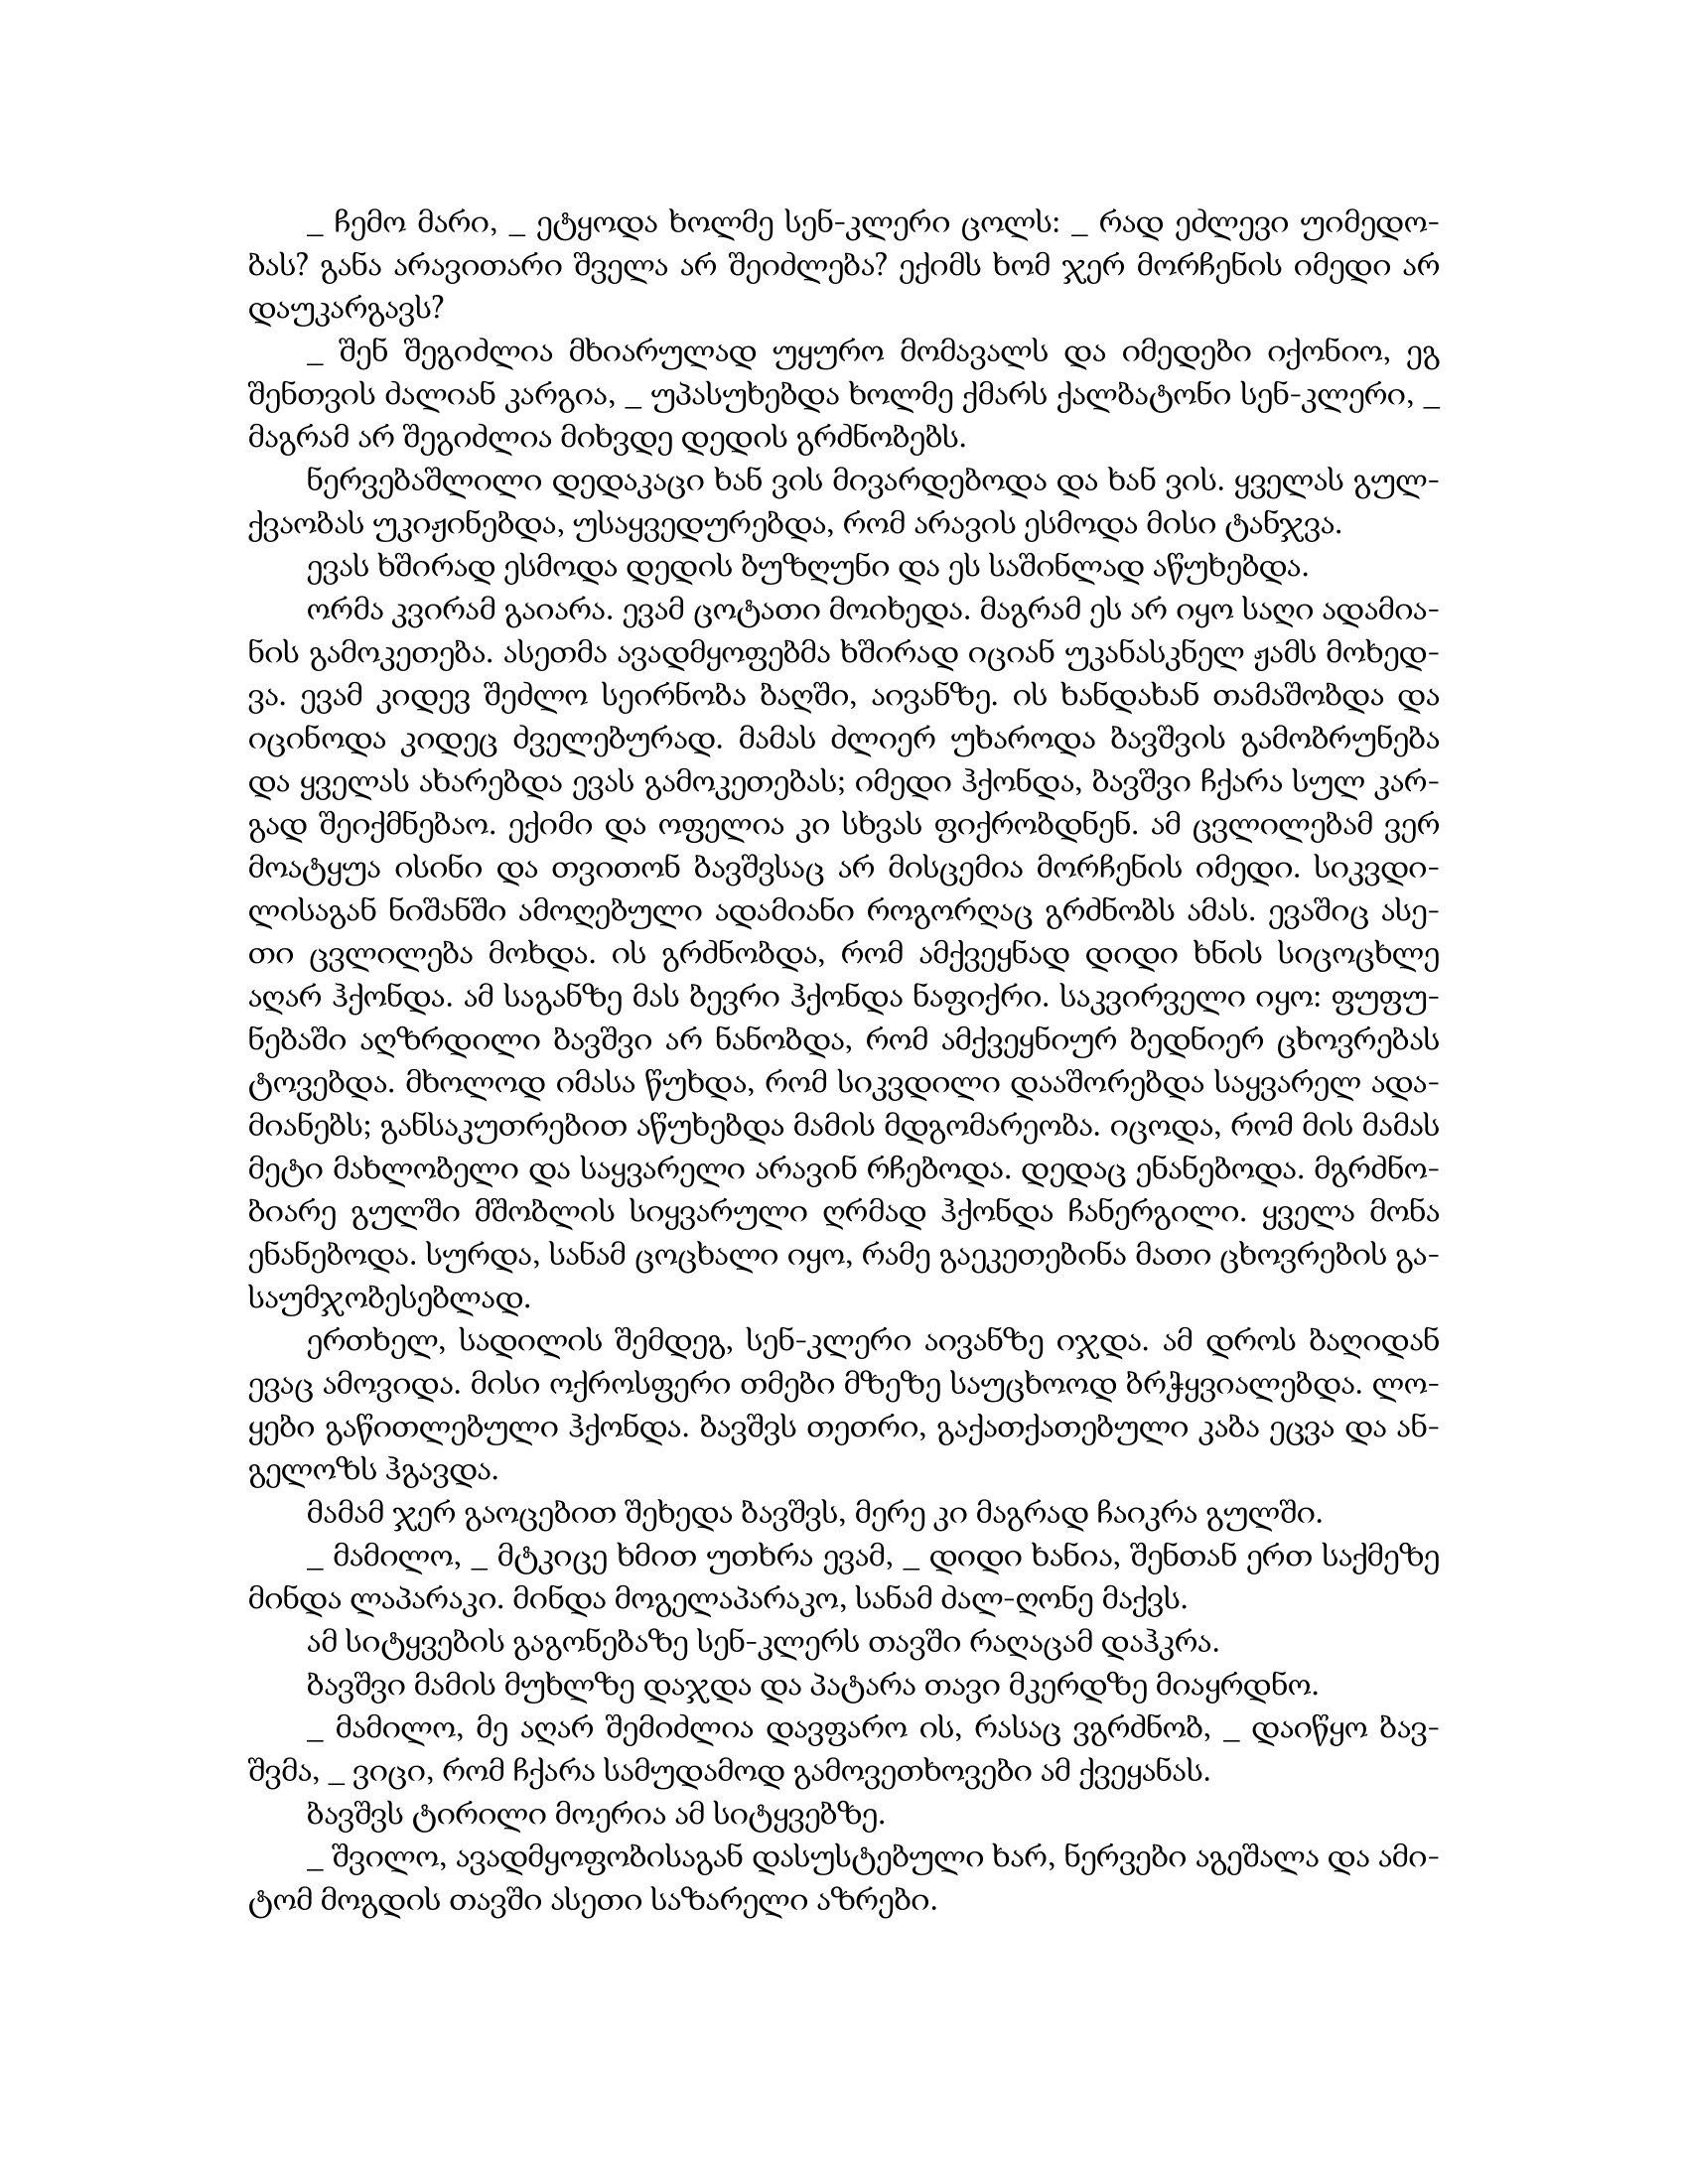
Language: gr